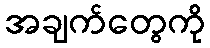
အချက်တွေကို